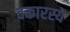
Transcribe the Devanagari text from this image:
वकारस्य